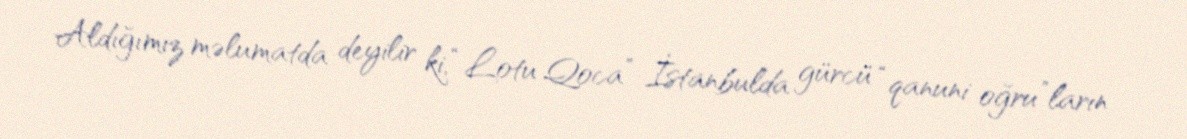
Aldığımız məlumatda deyilir ki, “Lotu Qoca” İstanbulda gürcü “qanuni oğru”ların